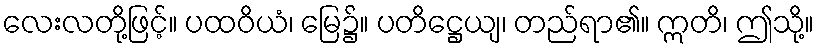
လေးလတို့ဖြင့်။ ပထဝိယံ၊ မြေ၌။ ပတိဋ္ဌေယျ၊ တည်ရာ၏။ ဣတိ၊ ဤသို့။